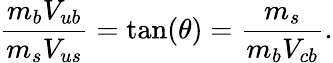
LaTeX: {\frac{m_{b}V_{ub}}{m_{s}V_{us}}}=\mathrm{tan}(\theta)={\frac{m_{s}}{m_{b}V_{cb}}}.